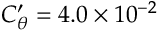
C _ { \theta } ^ { \prime } = 4 . 0 \times 1 0 ^ { - 2 }